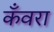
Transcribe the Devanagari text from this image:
कँवरा